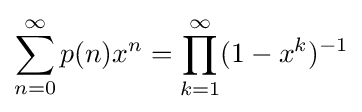
\sum _{n=0}^{\infty }p(n)x^{n}=\prod _{k=1}^{\infty }(1-x^{k})^{-1}